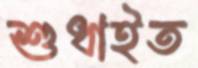
শুধাইত